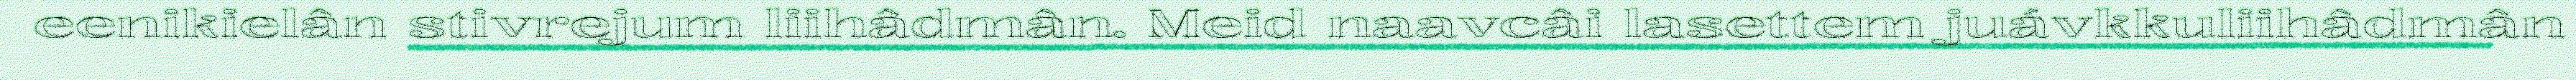
eenikielân stivrejum liihâdmân. Meid naavcâi lasettem juávkkuliihâdmân